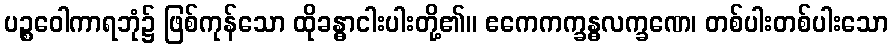
ပဉ္စဝေါကာရဘုံ၌ ဖြစ်ကုန်သော ထိုခန္ဓာငါးပါးတို့၏။ ဧကေကက္ခန္ဓလက္ခဏေ၊ တစ်ပါးတစ်ပါးသော